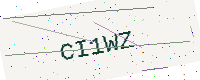
Text: CI1WZ